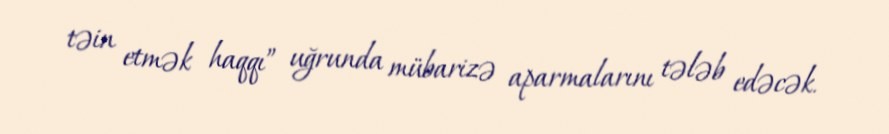
təin etmək haqqı” uğrunda mübarizə aparmalarını tələb edəcək.